Vaccination North-Western Provinces 1866-1877 - 1866-1877
Year: 1866
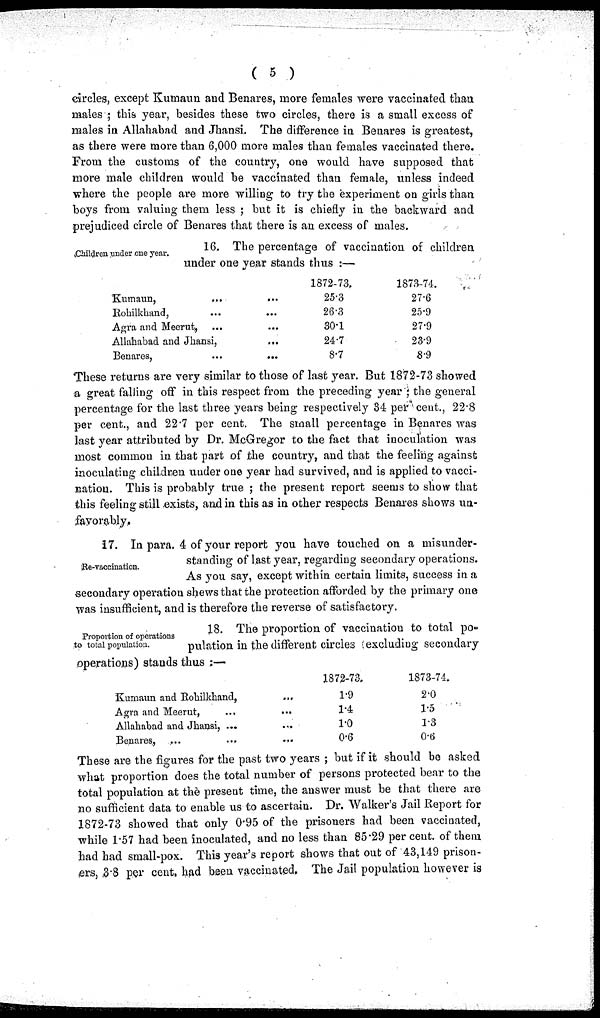
( 5 )
circles, except Kumaun and Benares, more females were vaccinated than
males ; this year, besides these two circles, there is a small excess of
males in Allahabad and Jhansi. The difference in Benares is greatest,
as there were more than 6,000 more males than females vaccinated there.
From the customs of the country, one would have supposed that
more male children would be vaccinated than female, unless indeed
where the people are more willing to try the experiment on girls than
boys from valuing them less ; but it is chiefly in the backward and
prejudiced circle of Benares that there is an excess of males.
Children under one year.
16, The percentage of vaccination of children
under one year stands thus :—
Kumaun,
...
...
Rohilkhand, ... ...
Agra and Meerut, ... ...
Allahabad and Jhansi, ...
Benares,
...
...
1872-73,
25.3
26.3
30.1
24.7
8.7
1873-74.
27.6
25.9
27.9
23.9
8.9
These returns are very similar to those of last year. But 1872-73 showed
a great falling off in this respect from the preceding year ; the general
percentage for the last three years being respectively 34 per cent., 22.8
per cent., and 22.7 per cent. The small percentage in Benares was
last year attributed by Dr. McGregor to the fact that inoculation was
most common in that part of the country, and that the feeling against
inoculating children under one year had survived, and is applied to vacci-
nation. This is probably true ; the present report seems to show that
this feeling still exists, and in this as in other respects Benares shows un-
favorably.
Re-vaccination.
17. In para. 4 of your report you have touched on a misunder-
standing of last year, regarding secondary operations.
As you say, except within certain limits, success in a
secondary operation shews that the protection afforded by the primary one
was insufficient, and is therefore the reverse of satisfactory.
Proportion of operations
to total population.
18. The proportion of vaccination to total po-
pulation in the different circles excluding secondary
operations) stands thus :—
Kumaun and Rohilkhand, ...
Agra and Meerut, ... ...
Allahabad and Jhansi, ... ...
Benares, ... ... ...
1872-73.
1.9
1.4
1.0
0.6
1873-74.
2.0
1.5
1.3
0.6
These are the figures for the past two years ; but if it should be asked
what proportion does the total number of persons protected bear to the
total population at the present time, the answer must be that there are
no sufficient data to enable us to ascertain. Dr. Walker's Jail Report for
1872-73 showed that only 0.95 of the prisoners had been vaccinated,
while 1.57 had been inoculated, and no less than 85.29 per cent. of them
had had small-pox. This year's report shows that out of 43,149 prison-
ers, 3.8 per cent, had been vaccinated. The Jail population however is